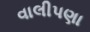
વાલીપણા